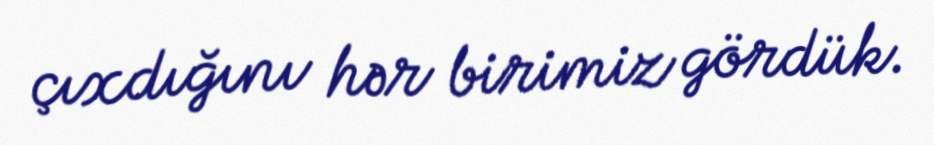
çıxdığını hər birimiz gördük.